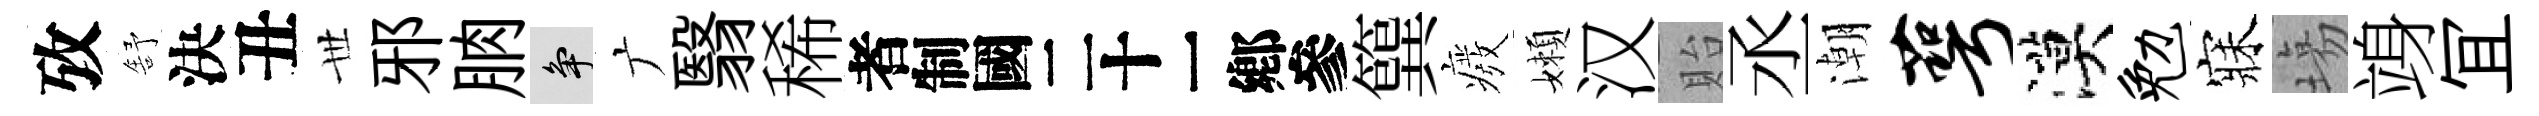
攷舒決丑𠀍邪朒争广翳稀识簨癈嬾汉貽丞潮萼漠勉寐塲竧冝